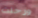
ورحلت